65_HS1-834228961_62-HQ-83894_Section_9
Agency: FBI
Page 15
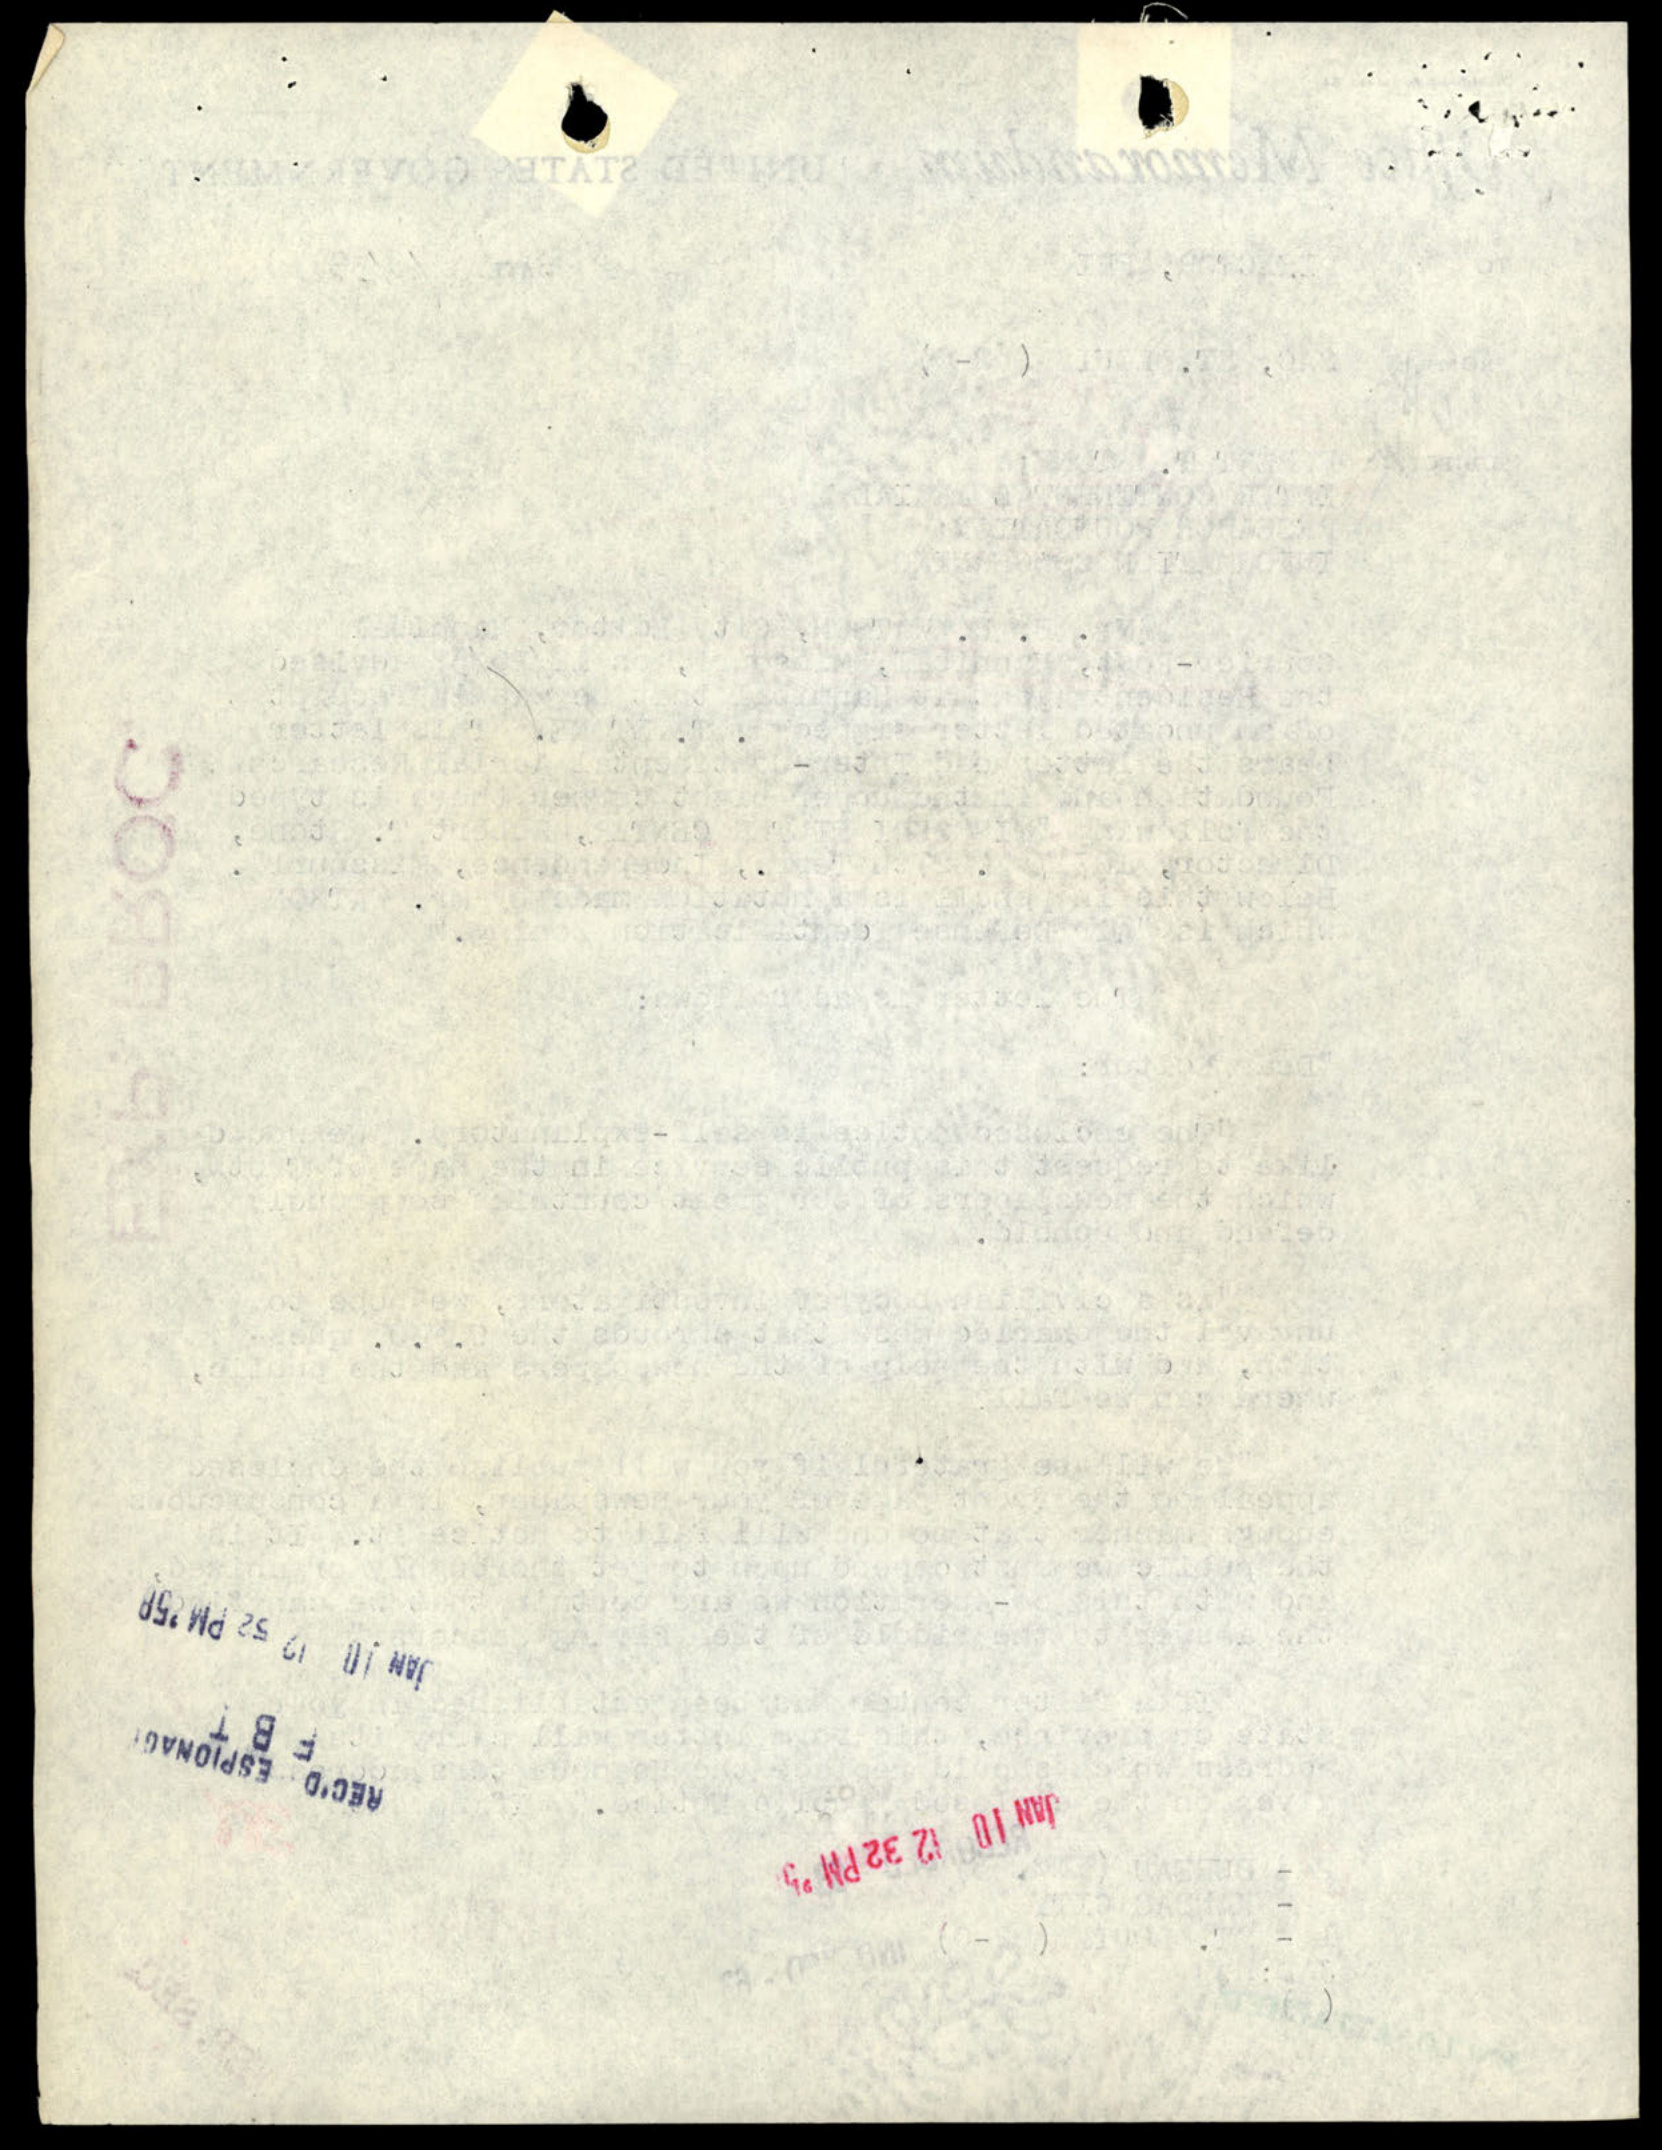